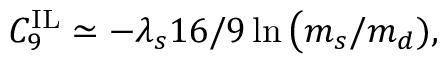
C _ { 9 } ^ { \mathrm { I L } } \simeq - \lambda _ { s } 1 6 / 9 \ln \big ( m _ { s } / m _ { d } ) ,